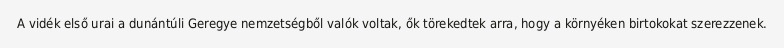
A vidék első urai a dunántúli Geregye nemzetségből valók voltak, ők törekedtek arra, hogy a környéken birtokokat szerezzenek.